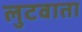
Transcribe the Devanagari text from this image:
लुटवाता